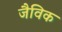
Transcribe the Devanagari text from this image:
जैविक